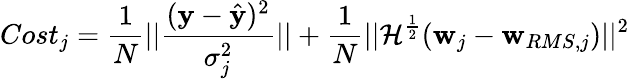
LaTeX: Cost_{j}=\frac{1}{N}||\frac{(\mathbf{y}-\hat{{\mathbf{y}}})^{2}}{\sigma_{j}^{2}}||+\frac{1}{N}||\mathcal{H}^{\frac{1}{2}}(\mathbf{w}_{j}-\mathbf{w}_{RMS,j})||^{2}